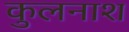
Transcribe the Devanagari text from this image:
कुलनाश